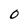
Character: O